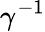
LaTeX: \gamma^{-1}